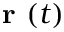
\mathrm { ~ \bf ~ r ~ } ( t )